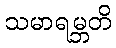
သမာရမ္ဘတိ